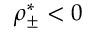
\rho _ { \pm } ^ { * } < 0